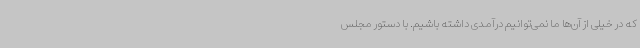
که در خیلی از آن‌ها ما نمی‌توانیم درآمدی داشته باشیم. با دستور مجلس